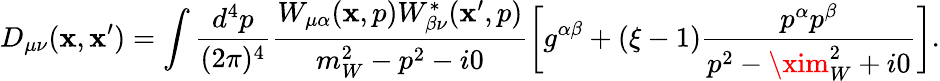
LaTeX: D_{\mu\nu}(\mathbf{x},\mathbf{x}^{\prime})=\int\frac{{d^{4}p}}{{(2\pi)^{4}}}\frac{{W_{\mu\alpha}(\mathbf{x},p)W_{\beta\nu}^{*}(\mathbf{x}^{\prime},p)}}{{m_{W}^{2}-p^{2}-i0}}\biggl[g^{\alpha\beta}+(\xi-1)\frac{{p^{\alpha}p^{\beta}}}{{p^{2}-\xim_{W}^{2}+i0}}\biggr].